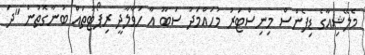
މެލޭޝިއާގެ ޑިފެންސް މިނިސްޓަރު މުހައްމަދު ސަބޫ އާ ހަވާލާދީ ރިޕޯޓުތައް ބުނާގޮތުން "ދަ